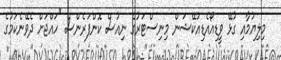
މިލިޔުމާއި ގުޅޭ ވީޑިއޯއެޑިއުކޭޝަން މިނިސްޓަރުގެ ނިއުސް ކޮންފަރެންސް "ހައްޖަށް ދެވޭނެކަމުގެ